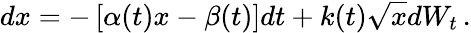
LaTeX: dx=-\left[\alpha(t)x-\beta(t)\right]dt+k(t)\sqrt{x}dW_{t}\, .